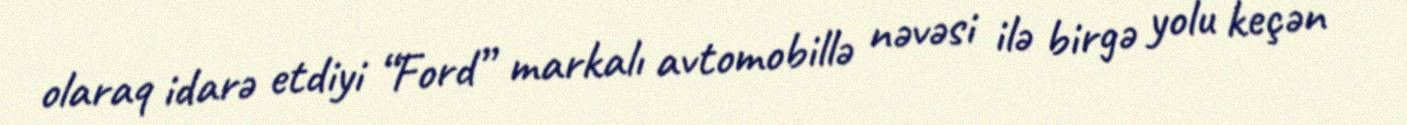
olaraq idarə etdiyi “Ford” markalı avtomobillə nəvəsi ilə birgə yolu keçən